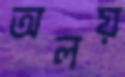
অলয়